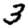
Digit: 3